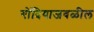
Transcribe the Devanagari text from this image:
गोंदियाजवळील